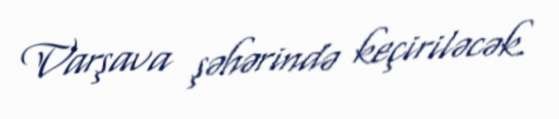
Varşava şəhərində keçiriləcək.